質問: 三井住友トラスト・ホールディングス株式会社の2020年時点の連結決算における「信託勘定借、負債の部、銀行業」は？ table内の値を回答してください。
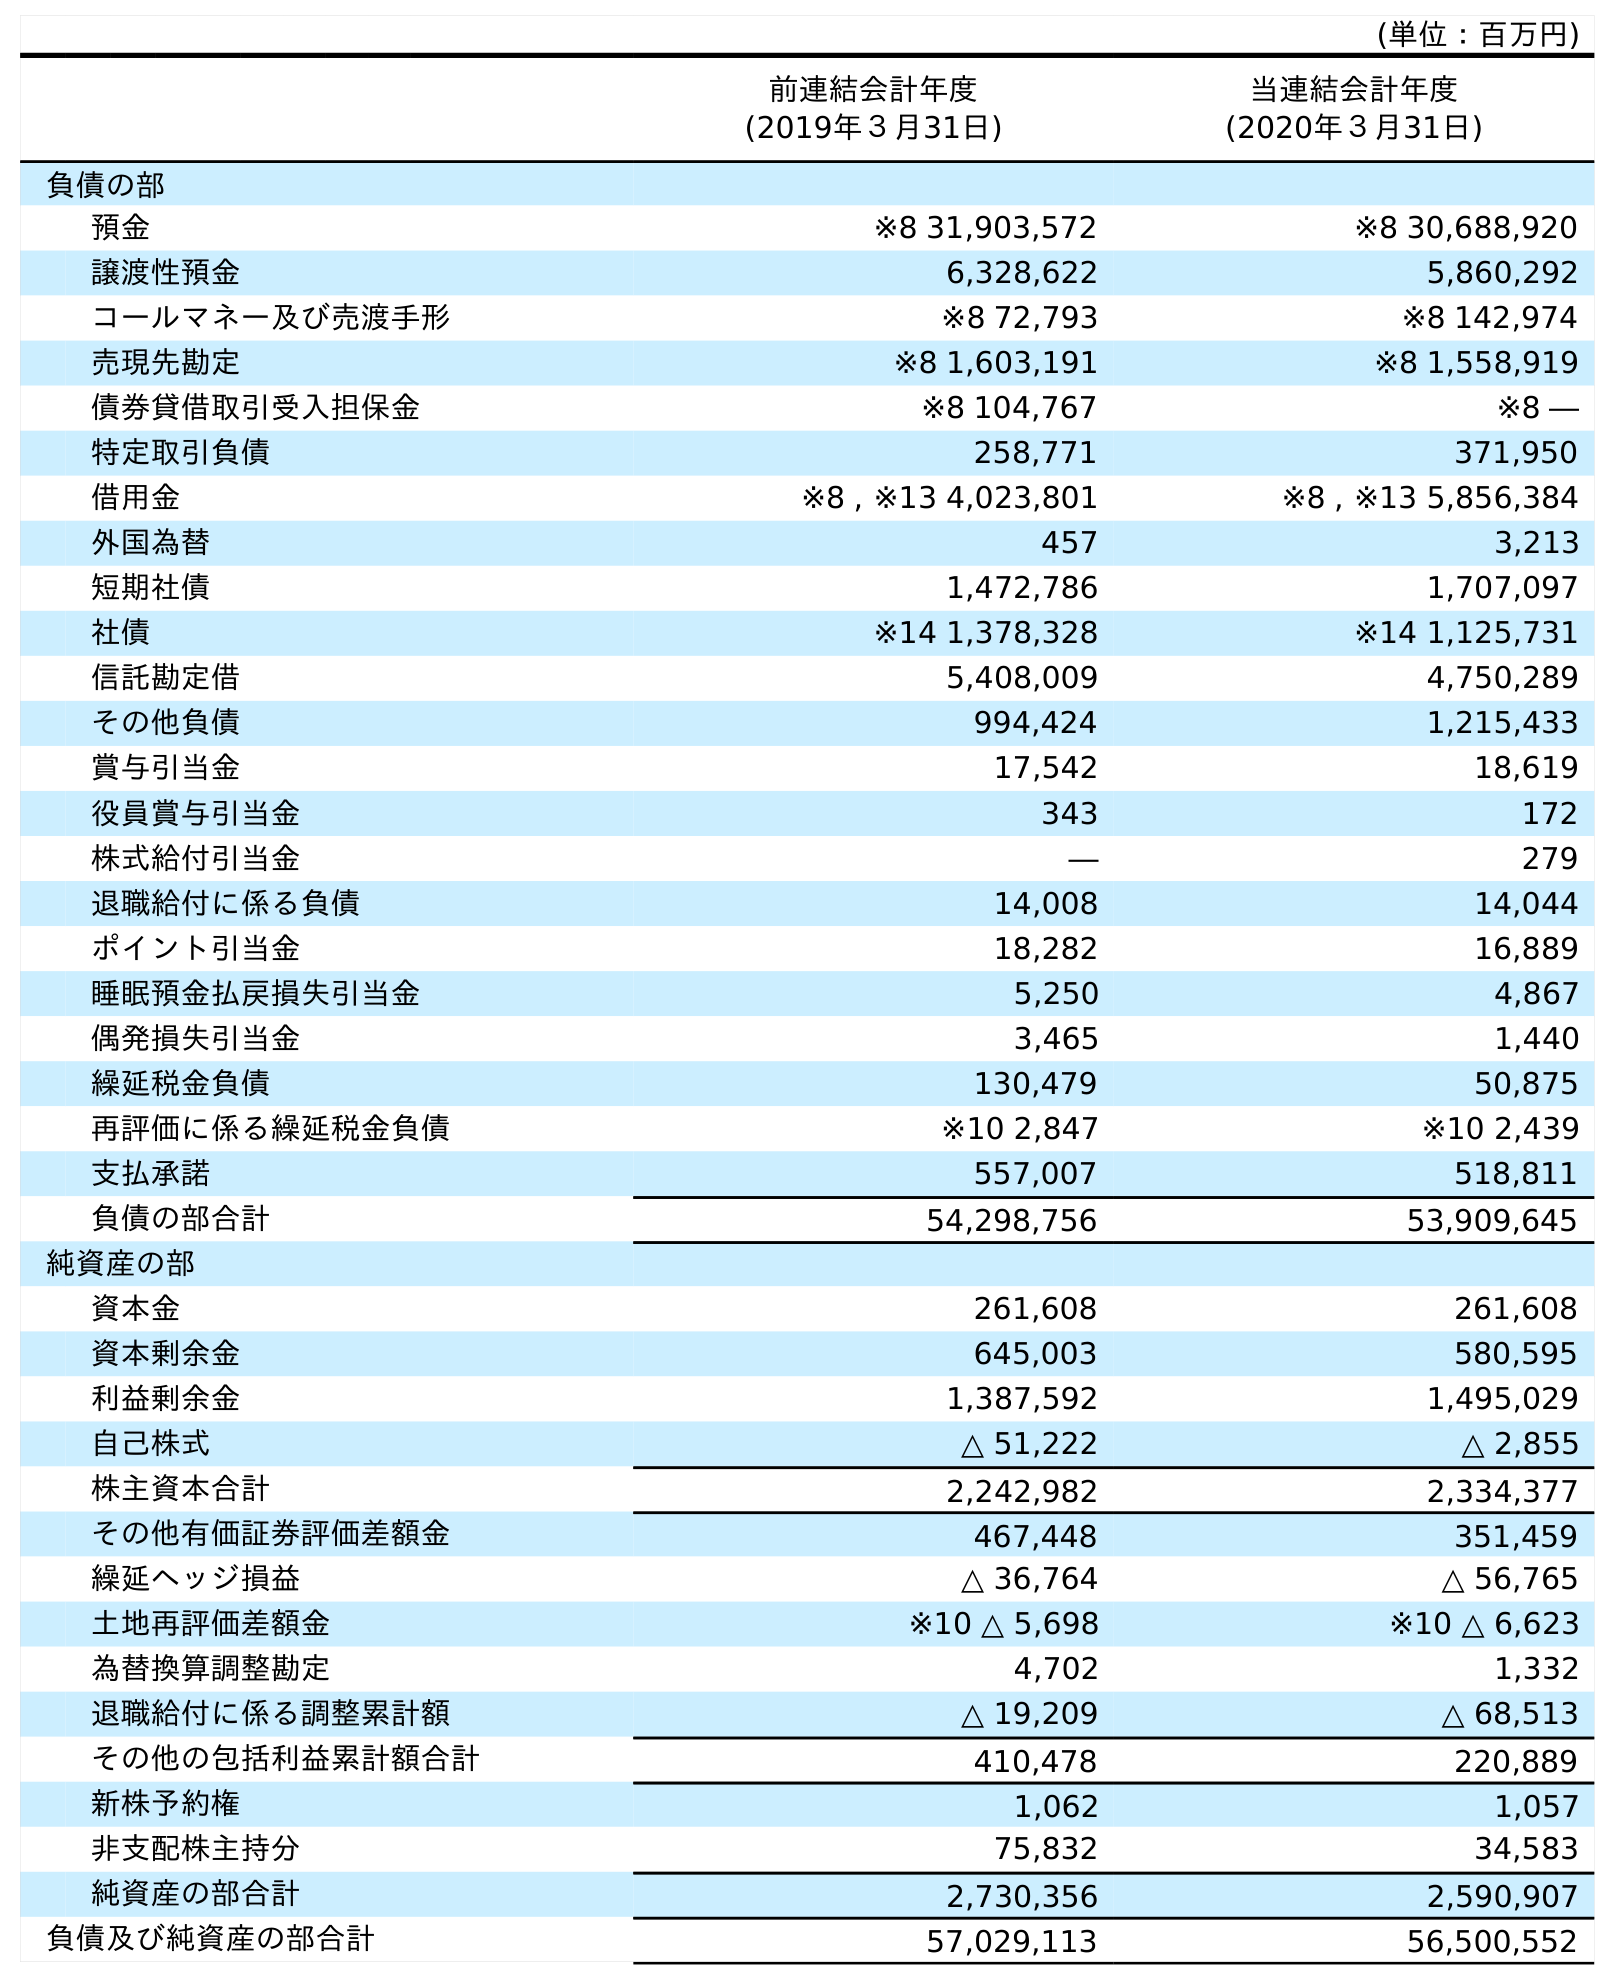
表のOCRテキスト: (単位：百万円) 前連結会計年度 (2019年３月31日) 当連結会計年度 (2020年３月31日) 負債の部 預金 ※8 31,903,572 ※8 30,688,920 譲渡性預金 6,328,622 5,860,292 コールマネー及び売渡手形 ※8 72,793 ※8 142,974 売現先勘定 ※8 1,603,191 ※8 1,558,919 債券貸借取引受入担保金 ※8 104,767 ※8 ― 特定取引負債 258,771 371,950 借用金 ※8 , ※13 4,023,801 ※8 , ※13 5,856,384 外国為替 457 3,213 短期社債 1,472,786 1,707,097 社債 ※14 1,378,328 ※14 1,125,731 信託勘定借 5,408,009 4,750,289 その他負債 994,424 1,215,433 賞与引当金 17,542 18,619 役員賞与引当金 343 172 株式給付引当金 ― 279 退職給付に係る負債 14,008 14,044 ポイント引当金 18,282 16,889 睡眠預金払戻損失引当金 5,250 4,867 偶発損失引当金 3,465 1,440 繰延税金負債 130,479 50,875 再評価に係る繰延税金負債 ※10 2,847 ※10 2,439 支払承諾 557,007 518,811 負債の部合計 54,298,756 53,909,645 純資産の部 資本金 261,608 261,608 資本剰余金 645,003 580,595 利益剰余金 1,387,592 1,495,029 自己株式 △ 51,222 △ 2,855 株主資本合計 2,242,982 2,334,377 その他有価証券評価差額金 467,448 351,459 繰延ヘッジ損益 △ 36,764 △ 56,765 土地再評価差額金 ※10 △ 5,698 ※10 △ 6,623 為替換算調整勘定 4,702 1,332 退職給付に係る調整累計額 △ 19,209 △ 68,513 その他の包括利益累計額合計 410,478 220,889 新株予約権 1,062 1,057 非支配株主持分 75,832 34,583 純資産の部合計 2,730,356 2,590,907 負債及び純資産の部合計 57,029,113 56,500,552
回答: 4,750,289